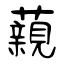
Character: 藽